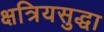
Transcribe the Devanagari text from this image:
क्षत्रियसुद्धा